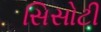
સિસોટી